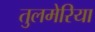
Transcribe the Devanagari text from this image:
तुलमेरिया